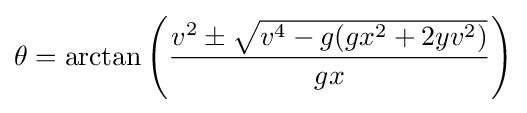
\theta =\arctan {\left({\frac {v^{2}\pm {\sqrt {v^{4}-g(gx^{2}+2yv^{2})}}}{gx}}\right)}